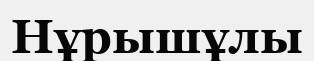
Нұрышұлы